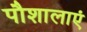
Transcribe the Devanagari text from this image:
पौशालाएं